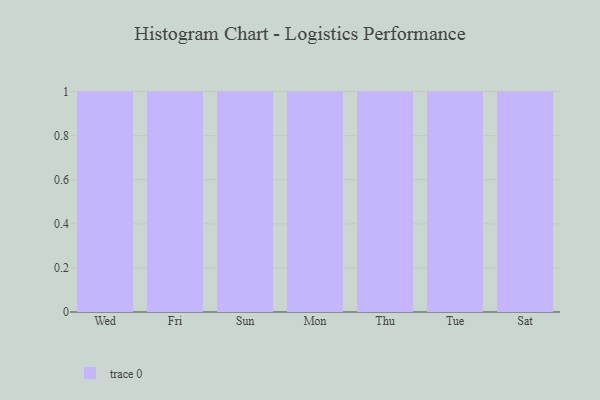
{"axis": {"x": "Day", "y": "Shipments"}, "legend": [""], "data": [{"x": "Wed", "y": 23, "type": ""}, {"x": "Fri", "y": 83, "type": ""}, {"x": "Sun", "y": 89, "type": ""}, {"x": "Mon", "y": 61, "type": ""}, {"x": "Thu", "y": 9, "type": ""}, {"x": "Tue", "y": 84, "type": ""}, {"x": "Sat", "y": 99, "type": ""}]}